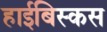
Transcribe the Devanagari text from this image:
हाईबिस्कस